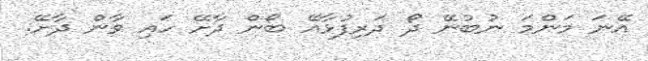
އޭނަ މަންމަ ނުބުނޭ ދޯ ދަރިފުޅާއޭ ބޯން ދާށޭ ހައި ވާން ދާށޭ.